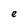
Character: e